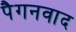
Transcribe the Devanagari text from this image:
पैगनवाद